Regulations for the medical services of the Army of India
Year: 1930
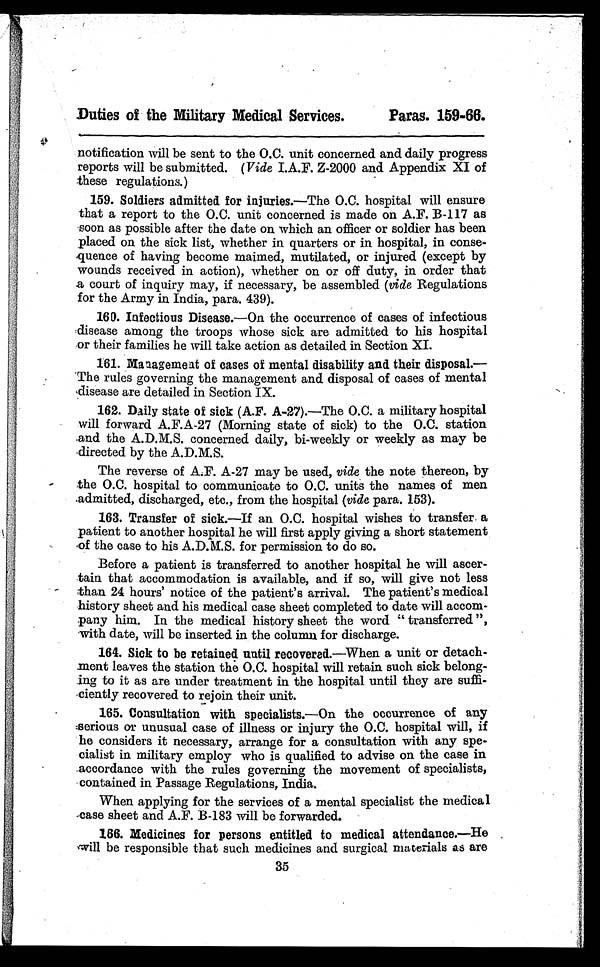
Duties of the Military Medical Services.
Paras. 159-66.
notification will be sent to the O.C. unit concerned and daily progress
reports will be submitted. (Vide I.A.F. Z-2000 and Appendix XI of
these regulations.)
159. Soldiers admitted for injuries.—The O.C. hospital will ensure
that a report to the O.C. unit concerned is made on A.F. B-117 as
soon as possible after the date on which an officer or soldier has been
placed on the sick list, whether in quarters or in hospital, in conse-
quence of having become maimed, mutilated, or injured (except by
wounds received in action), whether on or off duty, in order that
a court of inquiry may, if necessary, be assembled (vide Regulations
for the Army in India, para. 439).
160. Infectious Disease.—On the occurrence of cases of infectious
disease among the troops whose sick are admitted to his hospital
or their families he will take action as detailed in Section XL
161. Management of cases of mental disability and their disposal.
— " T h e r u l e s g o v e r n i n g t h e m a n a g e m e n t a n d d i s p o s a l o f c a s e s o f m e n t a l
, disease are detailed in Section IX.
162. Daily state of sick (A.F. A-27). —The O.C. a military hospital
will forward A.F.A-27 (Morning state of sick) to the O.C. station
.and the A.D.M.S. concerned daily, bi-weekly or weekly as may be
directed by the A.D.M.S.
The reverse of A.F. A-27 may be used, vide the note thereon, by
the O.C. hospital to communicate to O.C. units the names of men
.admitted, discharged, etc., from the hospital (vide para. 153).
163. Transfer of sick.—If an O.C. hospital wishes to transfer, a
patient to another hospital he will first apply giving a short statement
of the case to his A.D.M.S. for permission to do so.
Before a patient is transferred to another hospital he will ascer-
tain that accommodation is available, and if so, will give not less
than 24 hours' notice of the patient's arrival. The patient's medical
history sheet and his medical case sheet completed to date will accom-
pany him. In the medical history sheet the word " transferred ",
with date, will be inserted in the column for discharge.
164. Sick to be retained until recovered. —When a unit or detach-
ment leaves the station the O.C. hospital will retain such sick belong-
ing to it as are under treatment in the hospital until they are suffi-
ciently recovered to rejoin their unit.
165. Consultation with specialists. —On the occurrence of any
:serious or unusual case of illness or injury the O.C. hospital will, if
he considers it necessary, arrange for a consultation with any spe-
cialist in military employ who is qualified to advise on the case in
accordance with the rules governing the movement of specialists,
contained in Passage Regulations, India.
When applying for the services of a mental specialist the medical
case sheet and A.F. B-183 will be forwarded.
166. Medicines for persons entitled to medical attendance. —He .
' will be responsible that such medicines and surgical materials as are
35